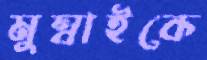
মুম্বাইকে